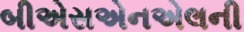
બીએસએનએલની